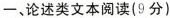
一，文本同读(9分)